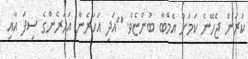
ކުރަން ޖެހޭނެ ކަމަށް އެމްބާ ބުންޏެވެ. "އަދި އަހަރެން އަހަރެންގެ ސިފަ އާއި